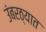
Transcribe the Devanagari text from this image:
उंबरठ्यात